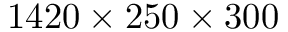
1 4 2 0 \times 2 5 0 \times 3 0 0